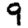
Digit: 9